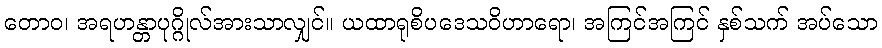
တောဝ၊ အရဟန္တာပုဂ္ဂိုလ်အားသာလျှင်။ ယထာရုစိပဒေသဝိဟာရော၊ အကြင်အကြင် နှစ်သက် အပ်သော